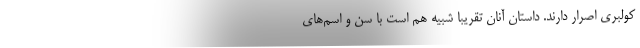
كولبري اصرار دارند. داستان آنان تقريبا شبيه هم است با سن و اسم‌هاي